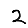
Digit: 2